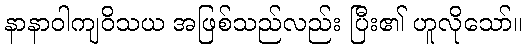
နာနာဝါကျဝိသယ အဖြစ်သည်လည်း ပြီး၏ ဟူလိုသော်။